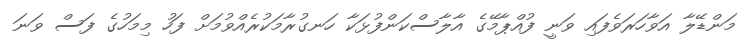
މަންޑޭލާ އަވާހަރަވެފައި ވަނީ ފުއްޕާމޭގެ އާލާސްކަންފުޅަކާ ހަނގުރާމަކުރެއްވުމަށް ފަހު މިމަހުގެ ފަސް ވަނަ